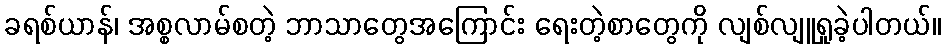
ခရစ်ယာန်၊ အစ္စလာမ်စတဲ့ ဘာသာတွေအကြောင်း ရေးတဲ့စာတွေကို လျစ်လျူရှုခဲ့ပါတယ်။